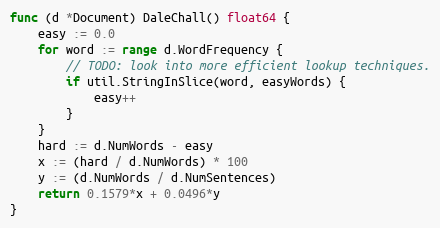
Language: Go
func (d *Document) DaleChall() float64 {
	easy := 0.0
	for word := range d.WordFrequency {
		// TODO: look into more efficient lookup techniques.
		if util.StringInSlice(word, easyWords) {
			easy++
		}
	}
	hard := d.NumWords - easy
	x := (hard / d.NumWords) * 100
	y := (d.NumWords / d.NumSentences)
	return 0.1579*x + 0.0496*y
}